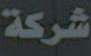
شركة